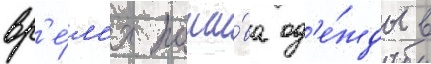
вр'е́м'я поши́ва од'е́жды в